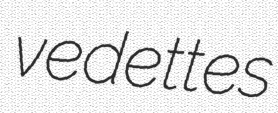
vedettes